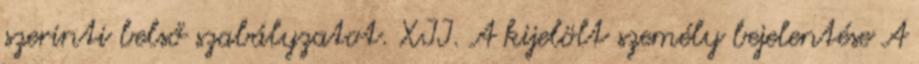
szerinti belső szabályzatot. XII. A kijelölt személy bejelentése A